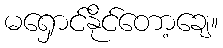
မရှောင်နိုင်တော့ချေ။